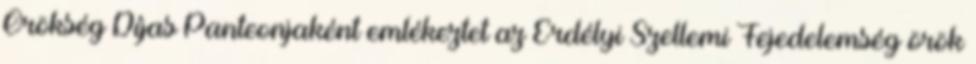
Örökség Díjas Panteonjaként emlékeztet az Erdélyi Szellemi Fejedelemség örök